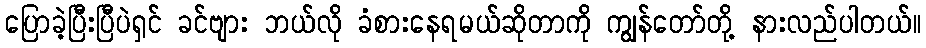
ပြောခဲ့ပြီးပြီပဲရှင် ခင်ဗျား ဘယ်လို ခံစားနေရမယ်ဆိုတာကို ကျွန်တော်တို့ နားလည်ပါတယ်။